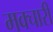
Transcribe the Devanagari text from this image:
मक्चारी